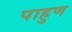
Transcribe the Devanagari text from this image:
पाहुण